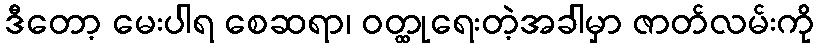
ဒီတော့ မေးပါရ စေဆရာ၊ ဝတ္ထုရေးတဲ့အခါမှာ ဇာတ်လမ်းကို